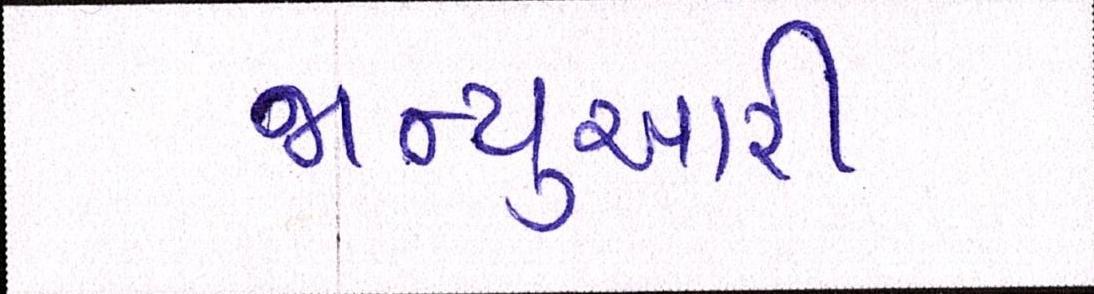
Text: જાન્યુઆરી